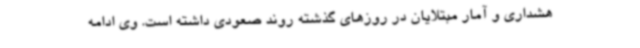
هشداری و آمار مبتلایان در روزهای گذشته روند صعودی داشته است. وی ادامه